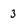
Character: 3